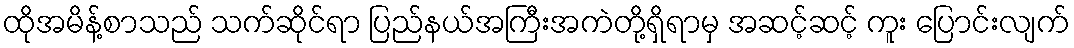
ထိုအမိန့်စာသည် သက်ဆိုင်ရာ ပြည်နယ်အကြီးအကဲတို့ရှိရာမှ အဆင့်ဆင့် ကူး ပြောင်းလျက်